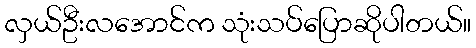
လှယ်ဦးလအောင်က သုံးသပ်ပြောဆိုပါတယ်။